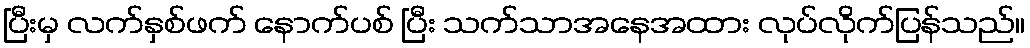
ပြီးမှ လက်နှစ်ဖက် နောက်ပစ် ပြီး သက်သာအနေအထား လုပ်လိုက်ပြန်သည်။